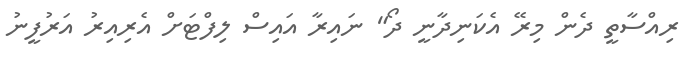
ރިއްސާތީ ދެން މިރޭ އެކަނިދާނީ ދޯ" ނައިރާ އައިސް ލިފްޓަށް އެރިއިރު އަރުފީނު